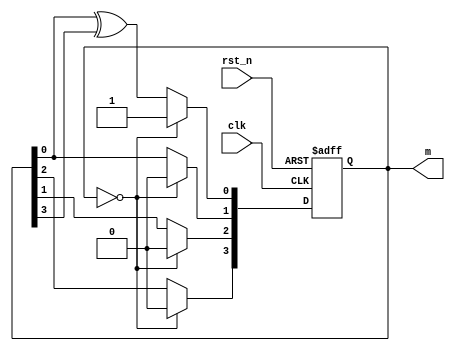
module radom(
    input                   clk    ,        // 50M
    input                   rst_n  ,        //   
    output   reg [3:0]      m               //  
    );
always @(posedge clk or negedge rst_n) begin
    if(!rst_n) m <= 4'd0;
    else begin
        if(m==4'd0) m<=4'd1;
		else begin
			m[0]<=m[0]^m[3];
			m[1]<=m[0];
			m[2]<=m[1];
			m[3]<=m[2];
		end
    end
end
endmodule